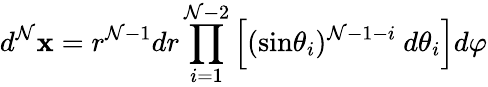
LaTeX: d^{\mathcal{N}}\mathbf{{x}}=r^{\mathcal{N}-1}dr\prod_{i=1}^{\mathcal{N}-2}\left[(\mathrm{{sin}}\theta_{i})^{\mathcal{N}-1-i}\ d\theta_{i}\right]d\varphi